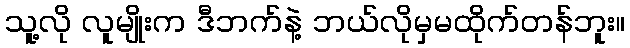
သူ့လို လူမျိုးက ဒီဘက်နဲ့ ဘယ်လိုမှမထိုက်တန်ဘူး။